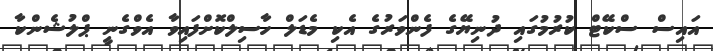
އައިސް ސްކޭޓް ކުރުމުގައި ދުނިޔޭގެ ފެންވަރުގެ އެކި މެޑަލް ހާސިލްކޮށްފައިވާ އެވްގެނީ ޕްލުޝެންކާ